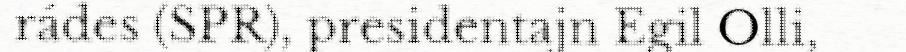
rádes (SPR), presidentajn Egil Olli,